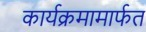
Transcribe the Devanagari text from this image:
कार्यक्रमामार्फत